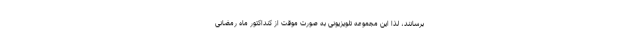
برسانند، لذا این مجموعه تلویزیونی به صورت موقت از کنداکتور ماه رمضانی